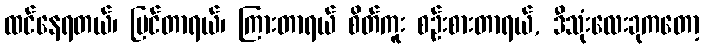
ထင်နေရတယ်၊ မြင်တာရယ်၊ ကြားတာရယ် စိတ်ကူး စဉ်းစားတာရယ်, ဒီသုံးလေးခုကတော့